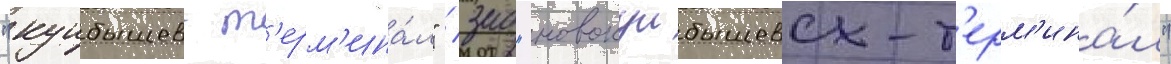
"куибышев-т'ерм'ина́л" / зао "новокуибышевск-т'ерм'ина́л"